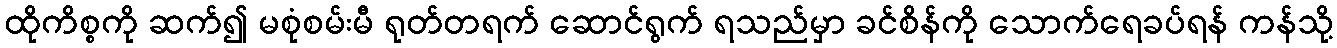
ထိုကိစ္စကို ဆက်၍ မစုံစမ်းမီ ရုတ်တရက် ဆောင်ရွက် ရသည်မှာ ခင်စိန်ကို သောက်ရေခပ်ရန် ကန်သို့